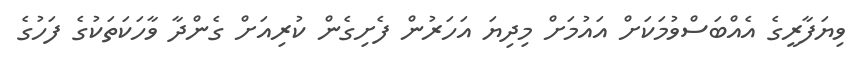
ވިޔަފާރީގެ އެއްބަސްވުމަކަށް އައުމަށް މިދިޔަ އަހަރުން ފެށިގެން ކުރިއަށް ގެންދާ ވާހަކަތަކުގެ ފަހުގެ